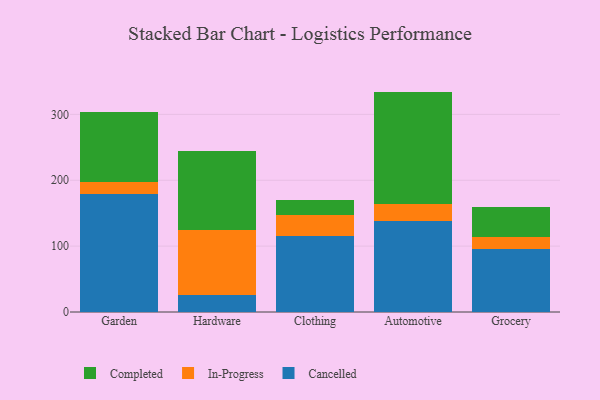
{"axis": {"x": "Category", "y": "Operating Costs (USD K)"}, "legend": ["Cancelled", "Completed", "In-Progress"], "data": [{"x": "Garden", "y": 178.6, "type": "Cancelled"}, {"x": "Garden", "y": 18.2, "type": "In-Progress"}, {"x": "Garden", "y": 106.2, "type": "Completed"}, {"x": "Hardware", "y": 25.3, "type": "Cancelled"}, {"x": "Hardware", "y": 98.9, "type": "In-Progress"}, {"x": "Hardware", "y": 120.5, "type": "Completed"}, {"x": "Clothing", "y": 116.1, "type": "Cancelled"}, {"x": "Clothing", "y": 31.7, "type": "In-Progress"}, {"x": "Clothing", "y": 21.7, "type": "Completed"}, {"x": "Automotive", "y": 138.6, "type": "Cancelled"}, {"x": "Automotive", "y": 24.9, "type": "In-Progress"}, {"x": "Automotive", "y": 171.1, "type": "Completed"}, {"x": "Grocery", "y": 94.9, "type": "Cancelled"}, {"x": "Grocery", "y": 18.5, "type": "In-Progress"}, {"x": "Grocery", "y": 45.3, "type": "Completed"}]}